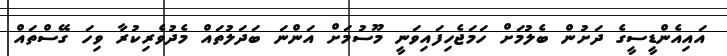
އައިއެންޑީސީގެ ދަށުން ބެލުމަށް ހަމަޖެހިފައިވަނީ މޫސުމަށް އަންނަ ބަދަލުތައް މެދުވެރިކުރާ ވިހަ ގޭސްތައް